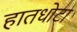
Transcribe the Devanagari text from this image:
हातधोटा